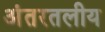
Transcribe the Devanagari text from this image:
अंतरतलीय